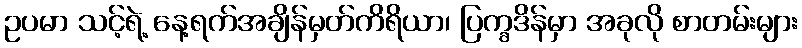
ဥပမာ သင့်ရဲ့ နေ့ရက်အချိန်မှတ်ကိရိယာ၊ ပြက္ခဒိန်မှာ အခုလို စာတမ်းများ